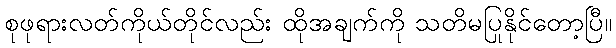
စုဖုရားလတ်ကိုယ်တိုင်လည်း ထိုအချက်ကို သတိမပြုနိုင်တော့ပြီ။